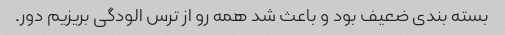
بسته بندی ضعیف بود و باعث شد همه رو از ترس الودگی بریزیم دور.